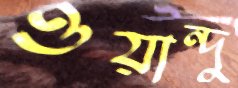
ওয়ান্দু